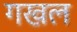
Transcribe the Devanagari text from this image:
गखल